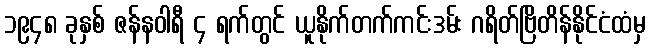
၁၉၄၈ ခုနှစ် ဇန်နဝါရီ ၄ ရက်တွင် ယူနိုက်တက်ကင်းဒမ်း ဂရိတ်ဗြိတိန်နိုင်ငံထံမှ